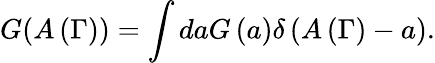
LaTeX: G(A\left(\Gamma\right))=\int daG\left(a\right)\delta\left(A\left(\Gamma\right)-a\right).